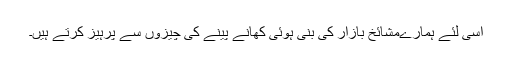
اسی لئے ہمارےمشائخ بازار کی بنی ہوئی کھانے پینے کی چیزوں سے پرہیز کرتے ہیں۔